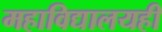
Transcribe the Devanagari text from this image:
महाविद्यालयही